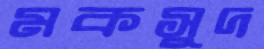
মকসুদ